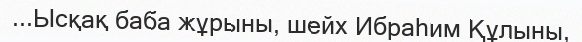
...Ысқақ баба жұрыны, шейх Ибраһим Құлыны,